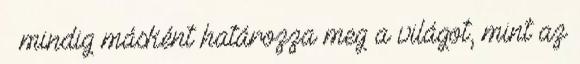
– mindig másként határozza meg a világot, mint az